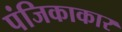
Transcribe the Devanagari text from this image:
पंजिकाकार